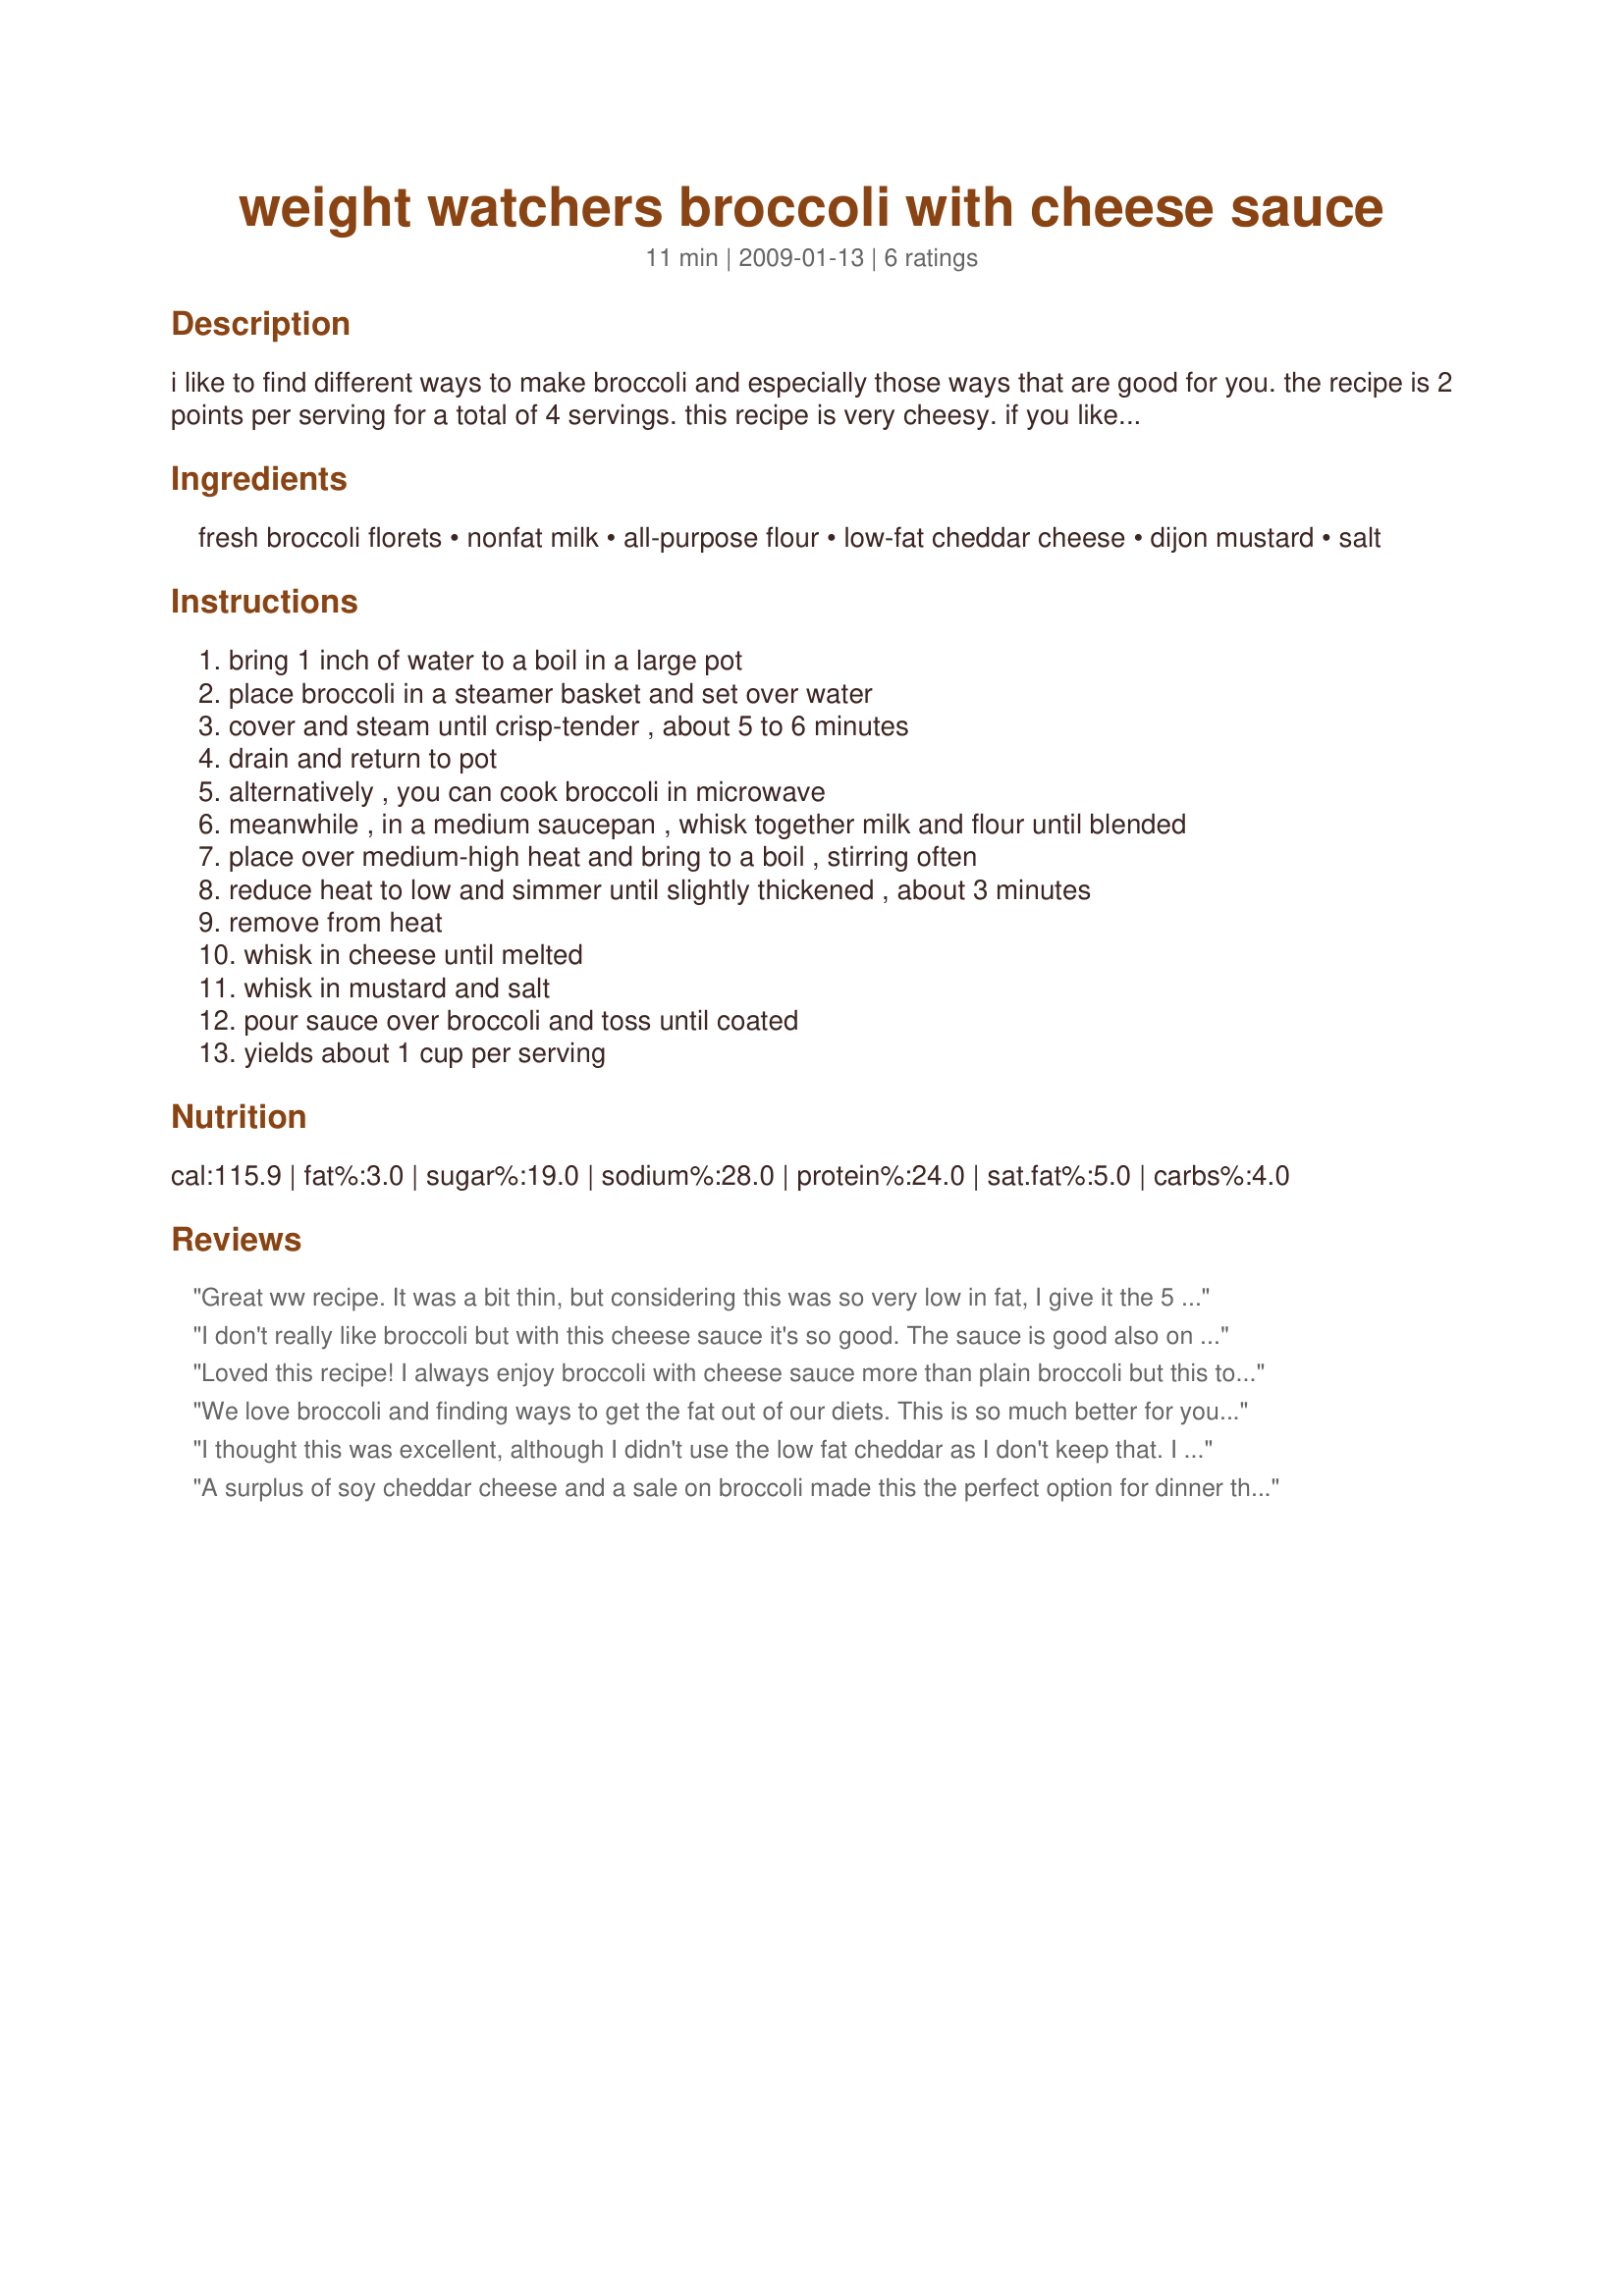
weight watchers broccoli with cheese sauce
Preparation time: 11 minutes

i like to find different ways to make broccoli and especially those ways that are good for you. the recipe is 2 points per serving for a total of 4 servings. this recipe is very cheesy. if you like your vegetables more in the natural state, add more broccoli. this could affect the points values, though.

Ingredients:
fresh broccoli florets, nonfat milk, all-purpose flour, low-fat cheddar cheese, dijon mustard, salt

Steps:
bring 1 inch of water to a boil in a large pot, place broccoli in a steamer basket and set over water, cover and steam until crisp-tender , about 5 to 6 minutes, drain and return to pot, alternatively , you can cook broccoli in microwave, meanwhile , in a medium saucepan , whisk together milk and flour until blended, place over medium-high heat and bring to a boil , stirring often, reduce heat to low and simmer until slightly thickened , about 3 minutes, remove from heat, whisk in cheese until melted, whisk in mustard and salt, pour sauce over broccoli and toss until coated, yields about 1 cup per serving

Reviews:
Great ww recipe. It was a bit thin, but considering this was so very low in fat, I give it the 5 star rating. The mustard gave it a nice zip, I only used 1 tsp. Made for 123 tag.
I don't really like broccoli but with this cheese sauce it's so good. The sauce is good also on rutabaga or any veggies. I used grainy dijon. Yummy. Thanks Lainey :) Made for Gimme 5 tag game
Loved this recipe! I always enjoy broccoli with cheese sauce more than plain broccoli but this took the guilt right out of it! I did throw some parmesan into the sauce right at the end to boost the cheese flavour- think the cheddar I got was very mild. Thanks for a lovely recipe!
We love broccoli and finding ways to get the fat out of our diets. This is so much better for you than regular cheese sauce. The texture was perfect and it came together rather quickly. Thinking the leftovers would be good stuffed inside a baked potato. Thanks for the post.
I thought this was excellent, although I didn't use the low fat cheddar as I don't keep that. I did cut the Dijon mustard to 1 tsp and thought that was plenty for our taste and left out the salt all together. Worked well for us and I'll make this again. Thanks for sharing. Made for I Recommend Tag game :)
A surplus of soy cheddar cheese and a sale on broccoli made this the perfect option for dinner this evening. I made just two servings. The first half I combined with freshly steamed broccoli chopped and used it to stuff a baked potato for a simple supper. The rest will be mixed with broccoli and cauliflower. There is a good amount of sauce, albeit, a bit thin, so you can add a little extra 0 point veggies without adding points. The mustard gave the sauce and nice bite and heightened the flavor of the cheese. Thanks Lainey!!
